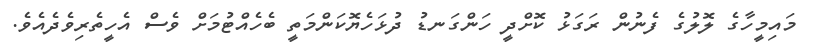
މައިމީހާގެ ލޮލުގެ ފެނުން ރަގަޅު ކޮށްދީ ހަންގަނޑު ދުޅަހެޔޮކަންމަތީ ބެހެއްޓުމަށް ވެސް އެހީތެރިވެދެއެވެ.